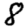
Digit: 8